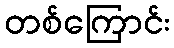
တစ်ကြောင်း